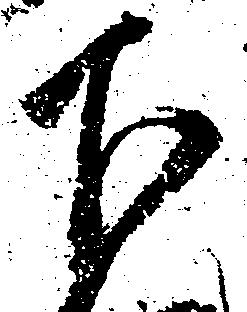
下